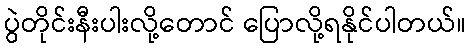
ပွဲတိုင်းနီးပါးလို့တောင် ပြောလို့ရနိုင်ပါတယ်။